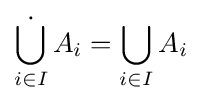
{\dot {\bigcup \limits _{i\in I}}}\,A_{i}=\bigcup _{i\in I}A_{i}